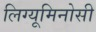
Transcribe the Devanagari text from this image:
लिग्यूमिनोसी